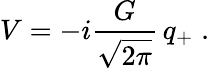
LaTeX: V=-i\frac{G}{\sqrt{2\pi}}\, q_{+}\; .